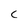
Character: c